Riigikantselei, lk 52
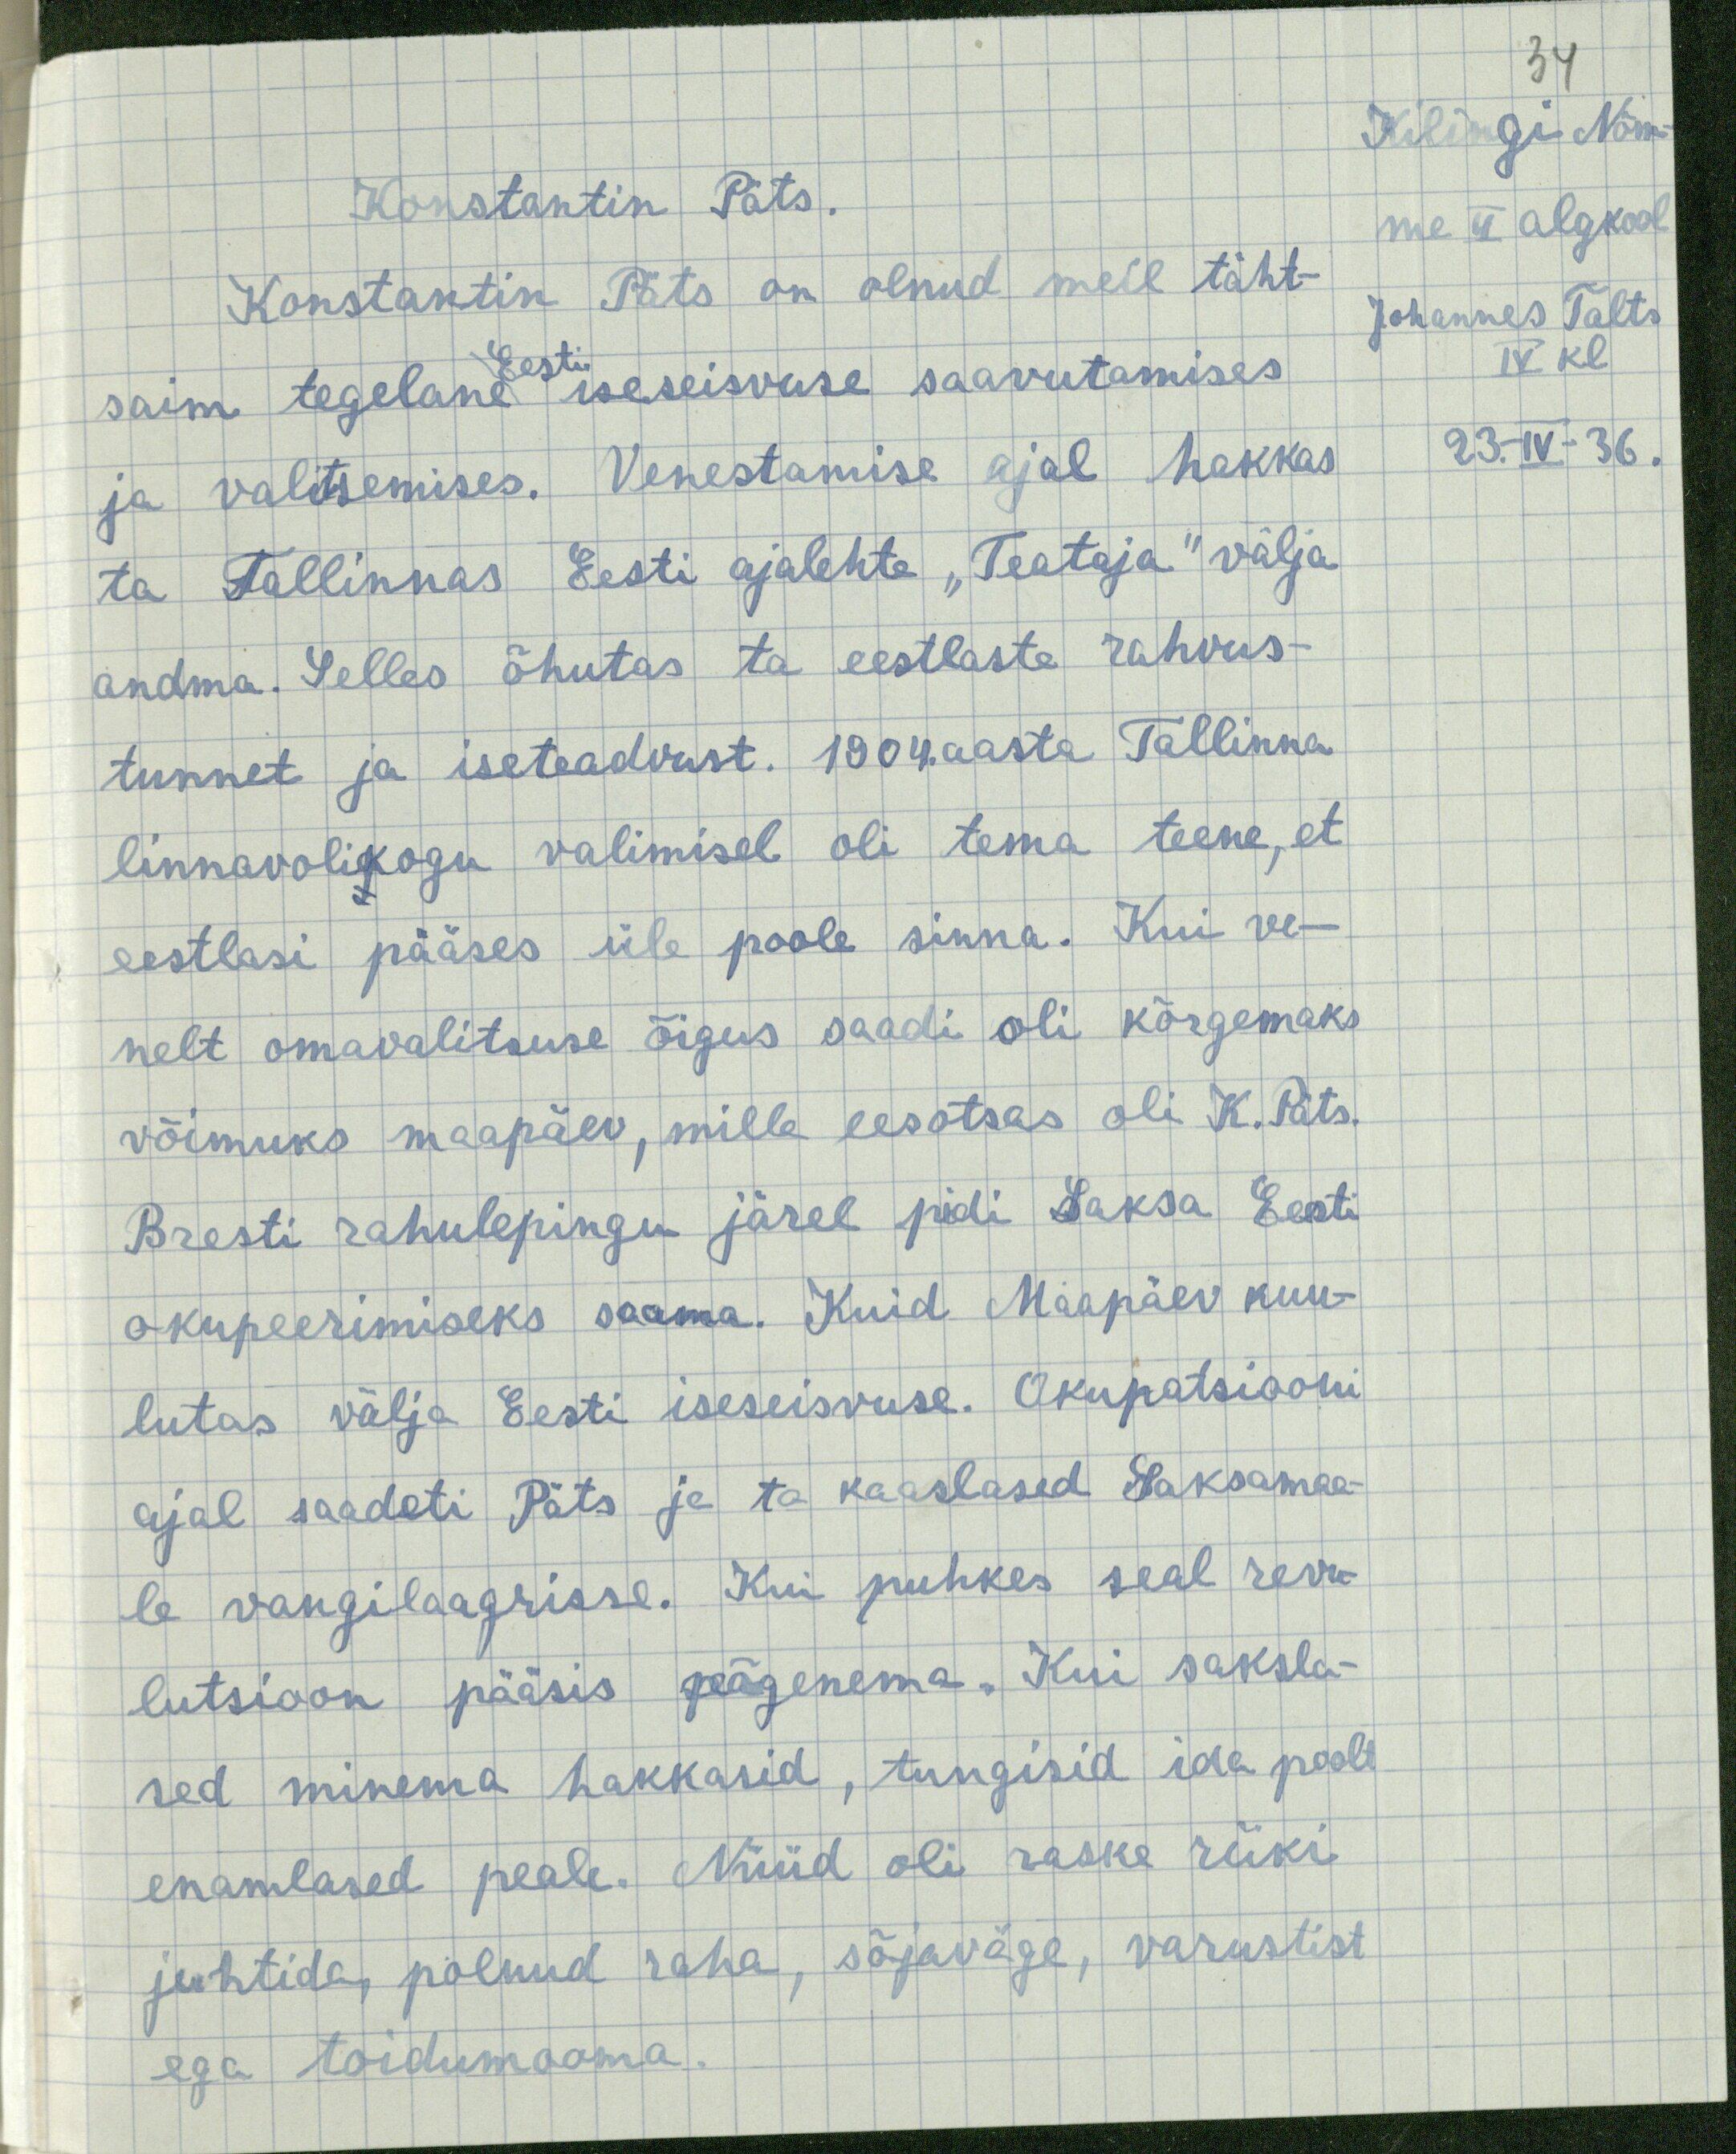
34
Kilingi Nõm-
me II algkool
Johannes Talts
IV kl
23.-IV-36.

Konstantin Päts.
Konstantin Päts on olnud meil täht-
saim tegelane Eesti iseseisvuse saavutamises
ja valitsemises. Venestamise ajal hakkas
ta Tallinnas Eesti ajalehte "Teataja" välja
andma. Selles õhutas ta eestlaste rahvus-
tunnet ja iseteadvust. 1904.aasta Tallinna
linnavolikogu valimisel oli tema teene, et
eestlasi pääses üle poole sinna. Kui ve-
nelt omavalitsuse õigus saadi oli kõrgemaks
võimuks maapäev, mille eesotsas oli K. Päts.
Bresti rahulepingu järel pidi Saksa Eesti
okupeerimiseks saama. Kuid Maapäev kuu-
lutas välja Eesti iseseisvuse. Okupatsiooni
ajal saadeti Päts ja ta kaaslased Saksamaa-
le vangilaagrisse. Kui puhkes seal revu-
lutsioon pääsis põgenema. Kui saksla-
sed minema hakkasid, tungisid ida poolt
enamlased peale. Nüüd oli raske riiki
juhtida, polnud raha, sõjaväge, varustist
ega toidumooma.